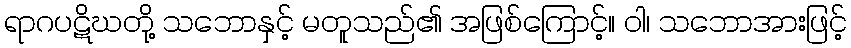
ရာဂပဋိဃတို့ သဘောနှင့် မတူသည်၏ အဖြစ်ကြောင့်။ ဝါ၊ သဘောအားဖြင့်